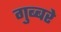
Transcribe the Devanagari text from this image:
गुब्बरे